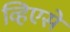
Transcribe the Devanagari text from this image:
व्हिएसे